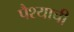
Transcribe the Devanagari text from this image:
पैश्याची